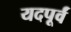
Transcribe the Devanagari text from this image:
यदपूर्वं